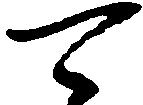
可